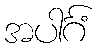
အပါင်္ဂံ